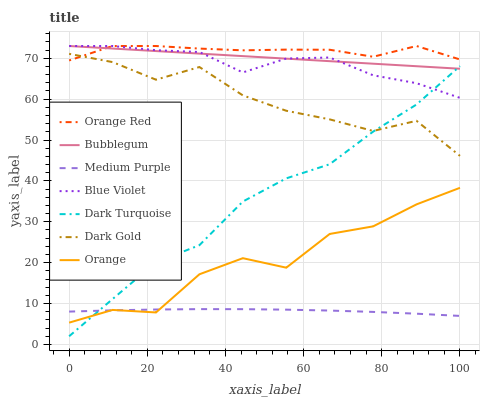
| xaxis_label | Orange Red | Bubblegum | Medium Purple | Blue Violet | Dark Turquoise | Dark Gold | Orange |
 | --- | --- | --- | --- | --- | --- | --- | --- |
 | 0 | 69.5 | 73 | 8.03 | 73 | 2 | 71.1 | 5.33 |
 | 11.1 | 73 | 72.4 | 8.34 | 73 | 11.1 | 69.1 | 8.44 |
 | 22.2 | 73 | 71.8 | 8.54 | 72 | 20.1 | 64.8 | 7.82 |
 | 33.3 | 72.4 | 71.1 | 8.64 | 71.5 | 24.3 | 67.9 | 17.2 |
 | 44.4 | 71.9 | 70.5 | 8.62 | 66.5 | 35 | 60.9 | 21.1 |
 | 55.6 | 72.1 | 69.9 | 8.51 | 69.9 | 40.6 | 57.2 | 18.8 |
 | 66.7 | 72.1 | 69.3 | 8.28 | 70.2 | 44.1 | 55.1 | 27 |
 | 77.8 | 70.4 | 68.7 | 7.95 | 65.8 | 52.1 | 52.2 | 28.9 |
 | 88.9 | 73 | 68.1 | 7.52 | 63.9 | 58.7 | 54.7 | 34.3 |
 | 100 | 69.7 | 67.4 | 6.98 | 60.3 | 68.1 | 46.1 | 38.3 |